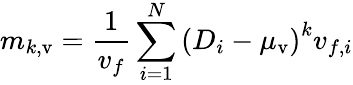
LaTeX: m_{k,\mathrm{v}}=\frac{1}{v_{f}}\sum_{i=1}^{N}\left(D_{i}-\mu_{\mathrm{v}}\right)^{k}v_{f,i}